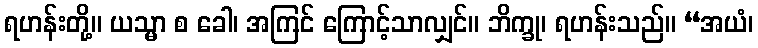
ရဟန်းတို့။ ယသ္မာ စ ခေါ၊ အကြင် ကြောင့်သာလျှင်။ ဘိက္ခု၊ ရဟန်းသည်။ “အယံ၊